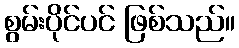
စွမ်းပိုင်ပင် ဖြစ်သည်။